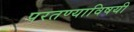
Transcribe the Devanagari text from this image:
परतण्याविषयी